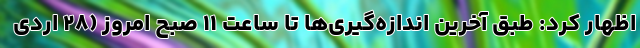
اظهار کرد: طبق آخرین اندازه‌گیری‌ها تا ساعت ۱۱ صبح امروز (۲۸ اردی